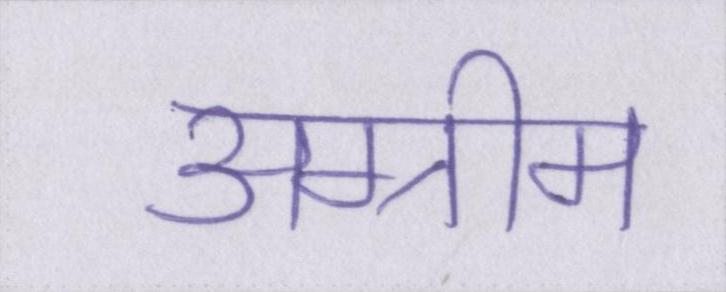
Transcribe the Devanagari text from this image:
अग्रीम